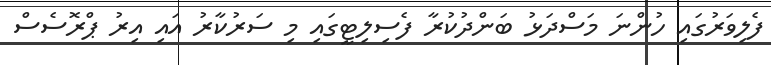
ފެލިވަރުގައި ހުންނަ މަސްދަޅު ބަންދުކުރާ ފެސިލިޓީގައި މި ސަރުކާރު އައި އިރު ޕްރޮސެސް